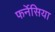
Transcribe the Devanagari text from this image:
फर्नेसिया